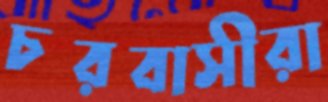
চরবাসীরা